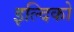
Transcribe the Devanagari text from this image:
इल्दिको